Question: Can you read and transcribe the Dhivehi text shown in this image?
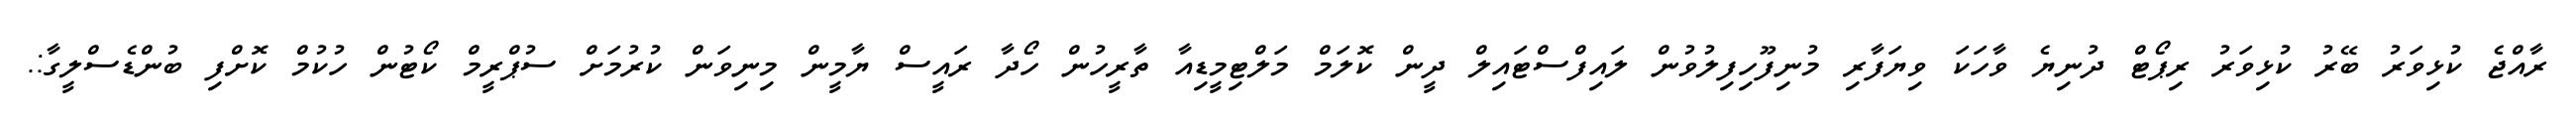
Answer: ރާއްޖެ ކުޅިވަރު ބޭރު ކުޅިވަރު ރިޕޯޓް ދުނިޔެ ވާހަކަ ވިޔަފާރި މުނިފޫހިފިލުވުން ލައިފްސްޓައިލް ދީން ކޮލަމް މަލްޓިމީޑިއާ ތާރީހުން ހޯދާ ރައީސް ޔާމީން މިނިވަން ކުރުމަށް ސުޕްރީމް ކޯޓުން ހުކުމް ކޮށްފި ބުންޑެސްލީގާ:.